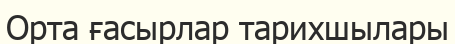
Орта ғасырлар тарихшылары